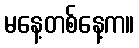
မနေ့တစ်နေ့က။